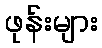
ဖုန်းများ